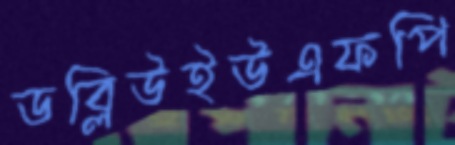
ডব্লিউইউএফপি